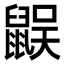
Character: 𪕜